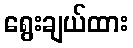
ရွေးချယ်ထား